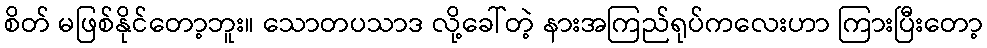
စိတ် မဖြစ်နိုင်တော့ဘူး။ သောတပသာဒ လို့ခေါ်တဲ့ နားအကြည်ရုပ်ကလေးဟာ ကြားပြီးတော့